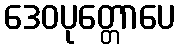
ဒေဝပုတ္တောပေ